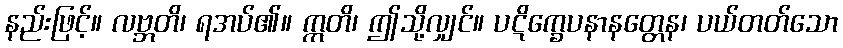
နည်းဖြင့်။ လဗ္ဘတိ၊ ရအပ်၏။ ဣတိ၊ ဤသို့လျှင်။ ပဋိက္ခေပနာနတ္တေန၊ ပယ်တတ်သော